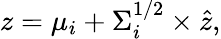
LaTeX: z=\mu_{i}+\Sigma_{i}^{1/2}\times\hat{z},